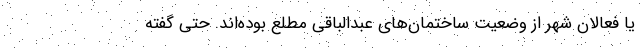
یا فعالان شهر از وضعیت ساختمان‌های عبدالباقی مطلع بوده‌اند. حتی گفته